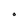
Character: O